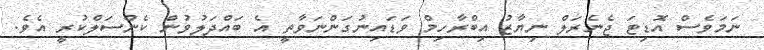
ނަމަވެސް އޮޑިޓަ ޖެނެރަލް ނިޔާޒު އިބްރާހިމް ވަޑައިނުގަންނަވާތީ އެ ބައްދަލުވުން ކެންސަލްކުރީ އެވެ.